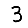
Digit: 3